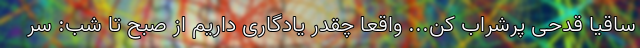
ساقیا قدحی پرشراب کن... واقعا چقدر یادگاری داریم از صبح تا شب: سر